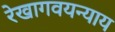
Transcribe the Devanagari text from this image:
रेखागवयन्याय